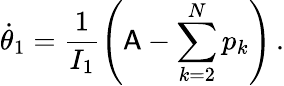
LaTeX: \dot{\theta}_{1}=\frac{1}{I_{1}}\left(\mathsf{A}-\sum_{k=2}^{N}p_{k}\right)\, .